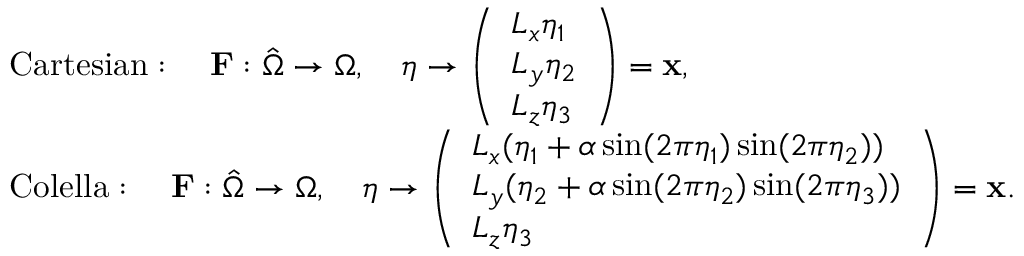
\begin{array} { r l } & { \mathrm { C a r t e s i a n } : \quad \mathbf { F } : \hat { \Omega } \rightarrow \Omega , \quad \boldsymbol \eta \rightarrow \left( \begin{array} { l } { L _ { x } \eta _ { 1 } } \\ { L _ { y } \eta _ { 2 } } \\ { L _ { z } \eta _ { 3 } } \end{array} \right) = { \mathbf x } , } \\ & { \mathrm { C o l e l l a } : \quad \mathbf { F } : \hat { \Omega } \rightarrow \Omega , \quad \boldsymbol \eta \rightarrow \left( \begin{array} { l } { L _ { x } ( \eta _ { 1 } + \alpha \sin ( 2 \pi \eta _ { 1 } ) \sin ( 2 \pi \eta _ { 2 } ) ) } \\ { L _ { y } ( \eta _ { 2 } + \alpha \sin ( 2 \pi \eta _ { 2 } ) \sin ( 2 \pi \eta _ { 3 } ) ) } \\ { L _ { z } \eta _ { 3 } } \end{array} \right) = { \mathbf x } . } \end{array}